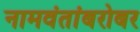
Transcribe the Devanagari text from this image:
नामवंतांबरोबर